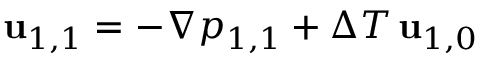
\mathbf { u } _ { 1 , 1 } = - \nabla p _ { 1 , 1 } + \Delta T \, \mathbf { u } _ { 1 , 0 }